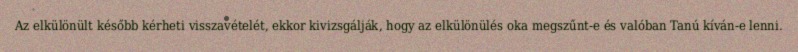
Az elkülönült később kérheti visszavételét, ekkor kivizsgálják, hogy az elkülönülés oka megszűnt-e és valóban Tanú kíván-e lenni.